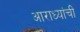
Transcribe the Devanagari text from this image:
आराध्यांची